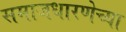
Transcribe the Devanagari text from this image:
समाजधारणेच्या